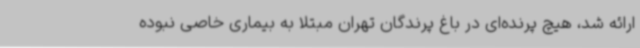
ارائه شد، هیچ پرنده‌ای در باغ پرندگان تهران مبتلا به بیماری خاصی نبوده